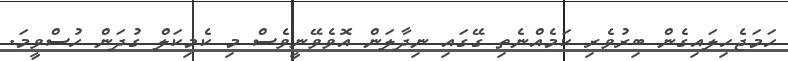
ހަމަޖެހިލައިގެން ބިރުވެރި ކަމެއްނެތި ގޭގައި ނިދާލަން އޮވެވޭނީވެސް މި ކެމިކަލް ގުދަން ހުސްވީމަ.